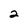
Character: 2